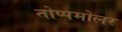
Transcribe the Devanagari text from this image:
तोप्पमोलर